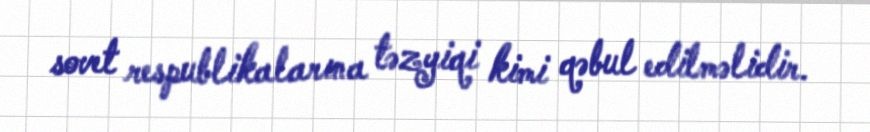
sovet respublikalarına təzyiqi kimi qəbul edilməlidir.